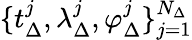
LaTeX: \{ t_{\Delta}^{j},\lambda_{\Delta}^{j},\varphi_{\Delta}^{j}\} _{j=1}^{N_{\Delta}}